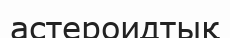
астероидтық